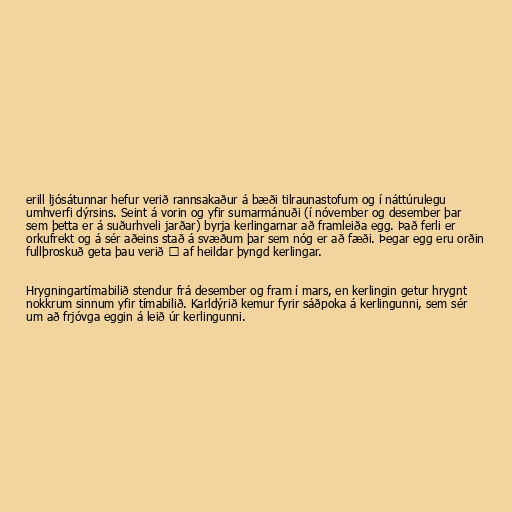
erill ljósátunnar hefur verið rannsakaður á bæði tilraunastofum og í náttúrulegu
umhverfi dýrsins. Seint á vorin og yfir sumarmánuði (í nóvember og desember þar
sem þetta er á suðurhveli jarðar) byrja kerlingarnar að framleiða egg. Það ferli er
orkufrekt og á sér aðeins stað á svæðum þar sem nóg er að fæði. Þegar egg eru orðin
fullþroskuð geta þau verið ⅓ af heildar þyngd kerlingar.

Hrygningartímabilið stendur frá desember og fram í mars, en kerlingin getur hrygnt
nokkrum sinnum yfir tímabilið. Karldýrið kemur fyrir sáðpoka á kerlingunni, sem sér
um að frjóvga eggin á leið úr kerlingunni.